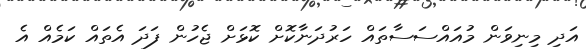
އަދި މިނިވަން މުއައްސަސާތައް ހަރުދަނާކޮށް ކޮޅަށް ޖެހުން ފަދަ އެތައް ކަމެއް އެ